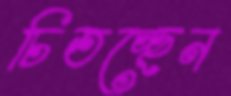
চিতচ্ছেন